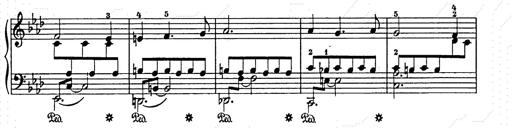
Title: Weihnachtsbaum
Composer: Franz Liszt